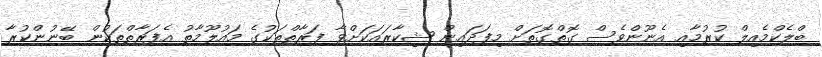
ބްލެކްމެއިލް ކުރުމާއި އެނޫންވެސް ގޮތްގޮތަށް މިފަދައިން ޝިކާރައަކަށްވާ ފަރާތްތަކުގެ މައުލޫމާތު އެފަރާތްތަކުން ބޭނުންކުރާ